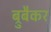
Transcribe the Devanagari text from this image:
ब्रुबैकर